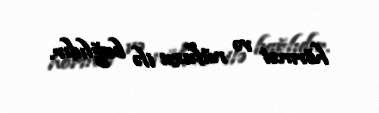
hörmət və nüfuzu ilə bağlıdır.